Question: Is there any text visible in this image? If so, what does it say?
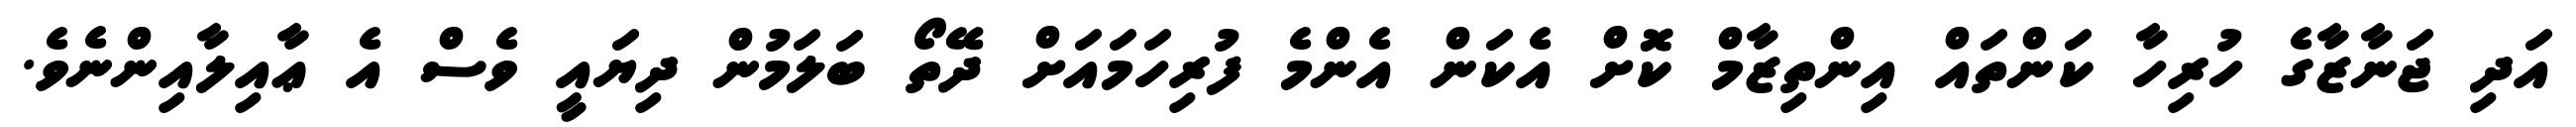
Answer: އަދި ޖަނާޒާގެ ހުރިހާ ކަންތައް އިންތިޒާމް ކޮށް އެކަން އެންމެ ފުރިހަމައަށް ދޭތޯ ބަލަމުން ދިޔައީ ވެސް އެ ޢާއިލާއިންނެވެ.